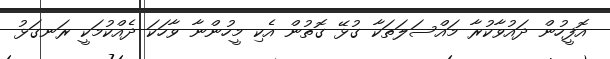
އޮފީހުން ދައުވާކުރާ މައްސަލަތަކާ ގުޅޭ ގޮތުން އެކި މީހުންނާ ވާހަކަ ދެއްކުމަކީ ރަނގަޅު